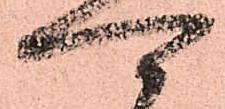
可